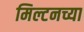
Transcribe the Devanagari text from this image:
मिल्टनच्या